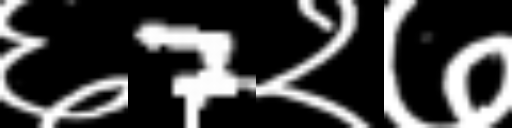
Text: ६7२७